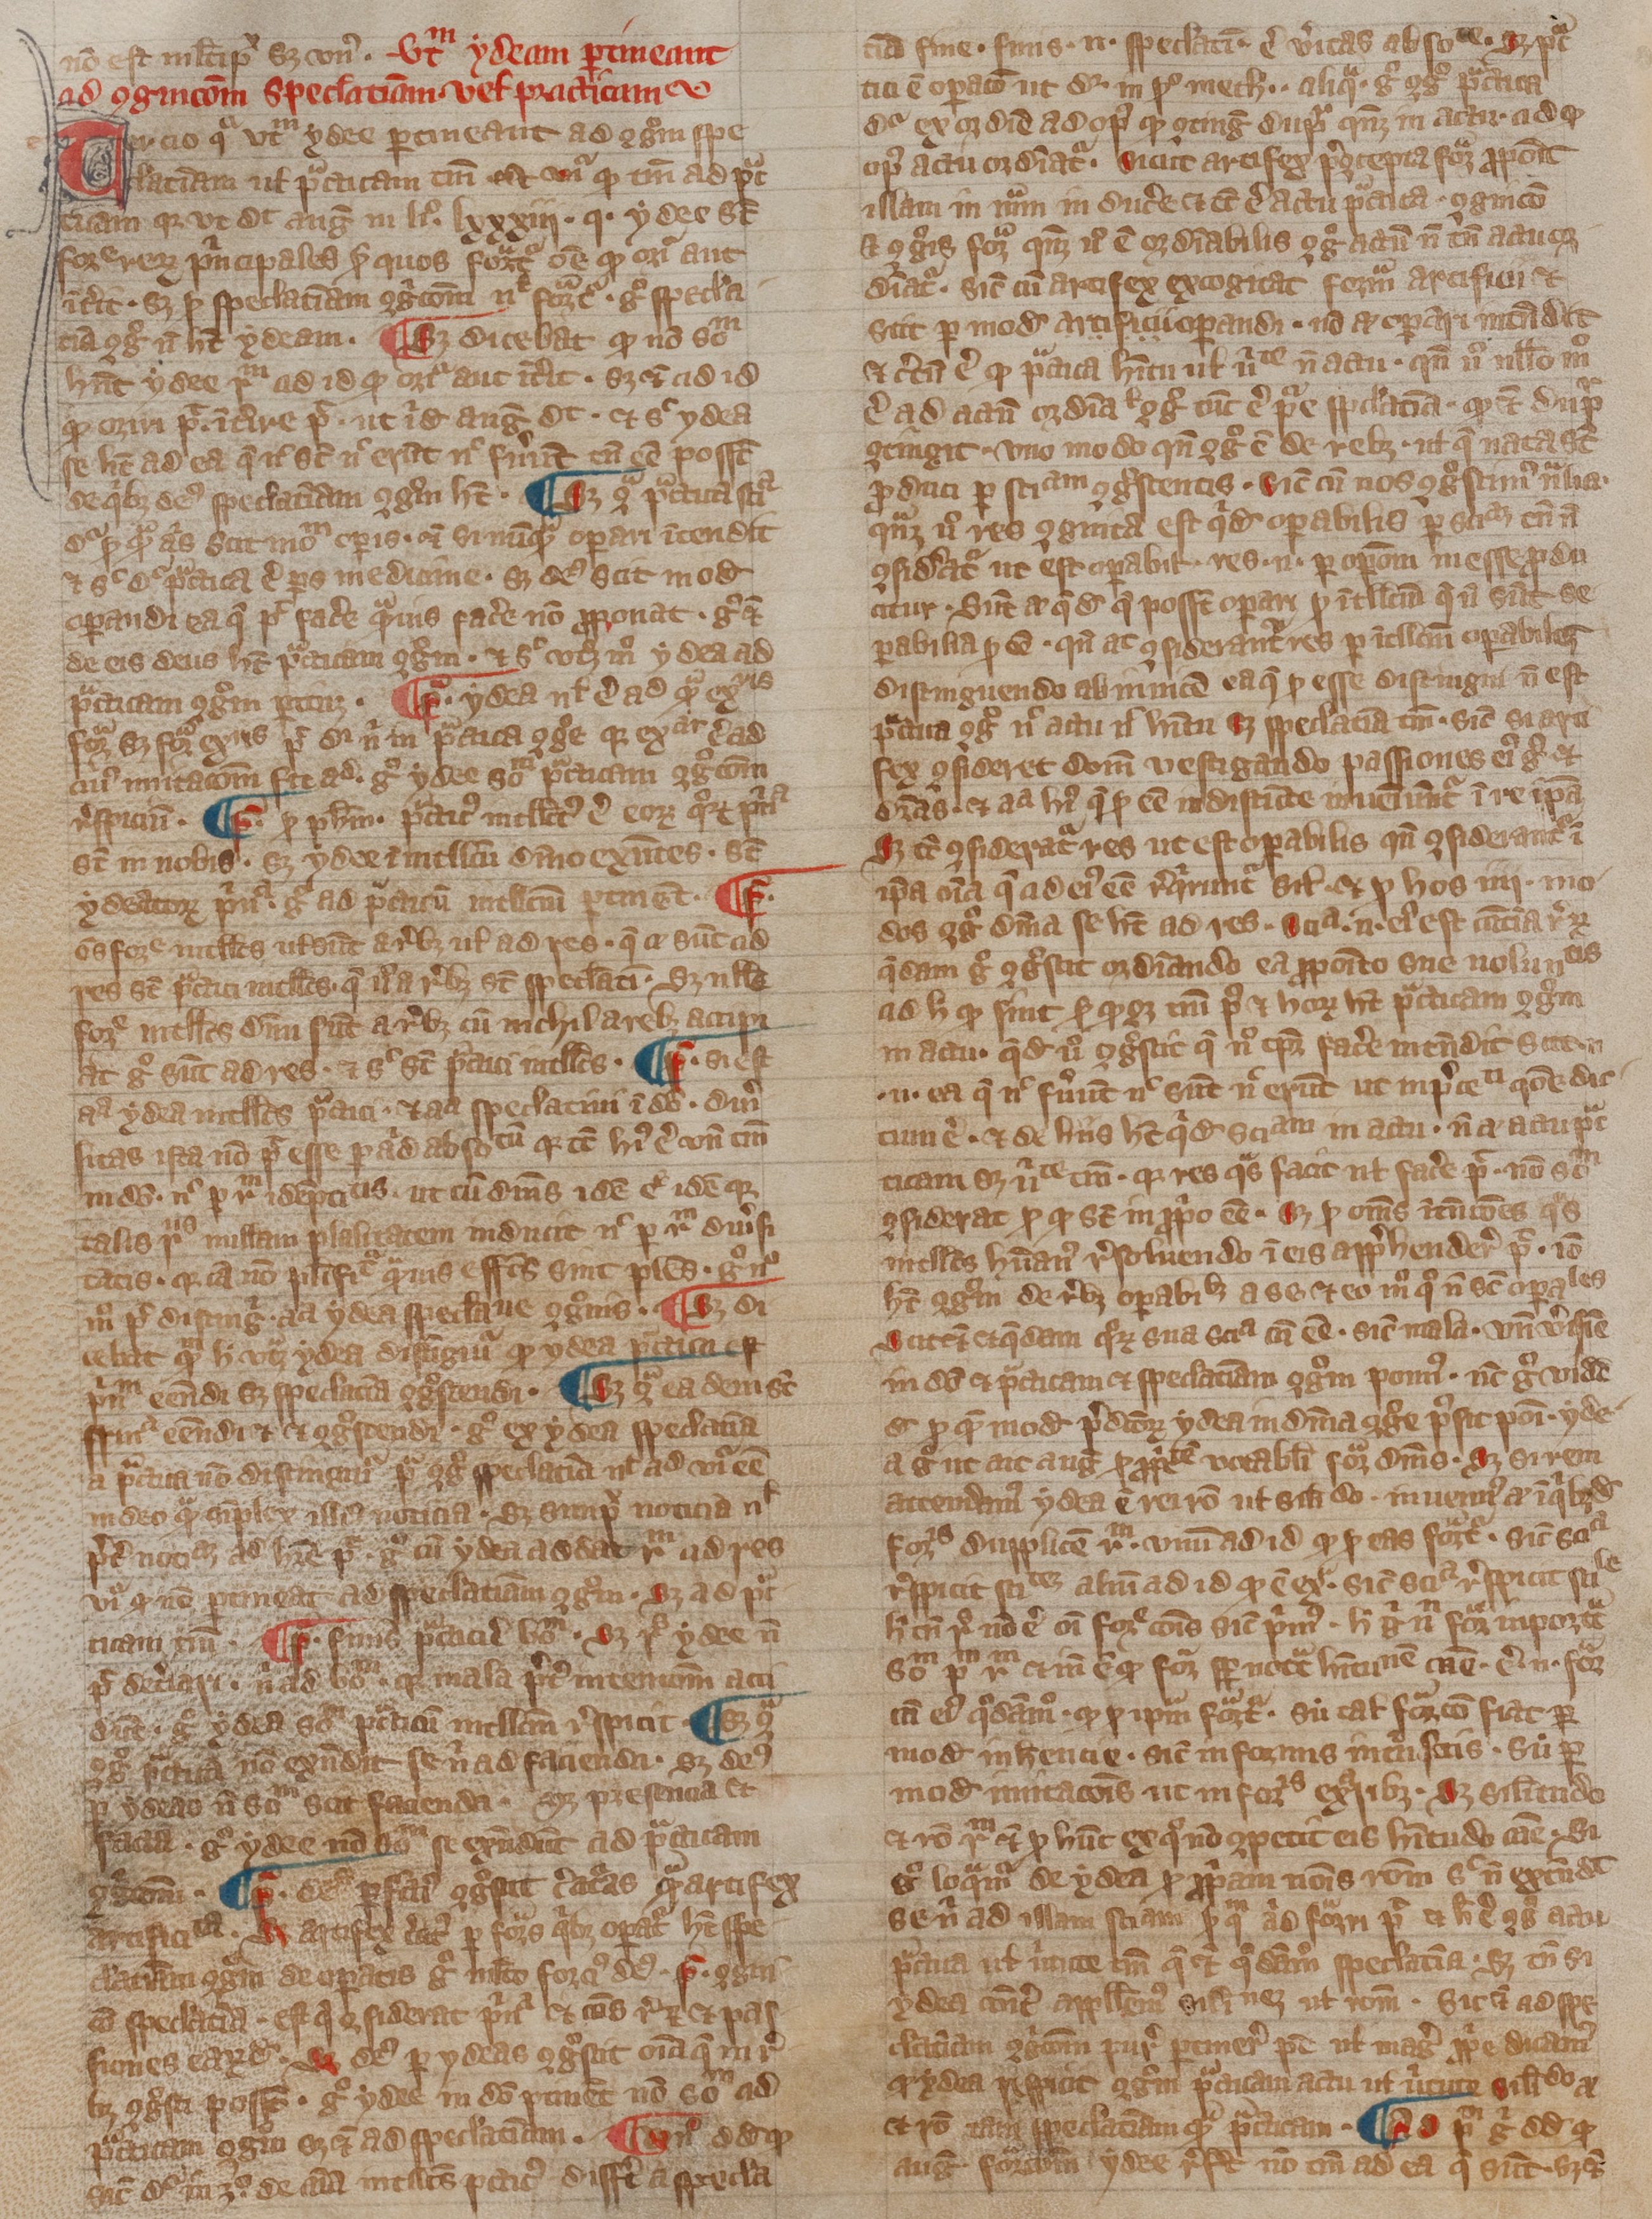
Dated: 1300–1399